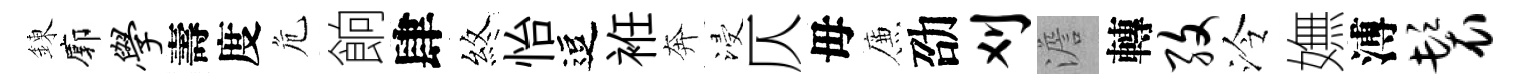
錬廓学壽度危餉肆煞怡逗袵奔浸仄毋簾劭刈澹轉孜泠嫵溥鬟